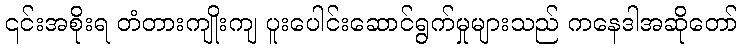
၎င်းအစိုးရ တံတားကျိုးကျ ပူးပေါင်းဆောင်ရွက်မှုများသည် ကနေဒါအဆိုတော်